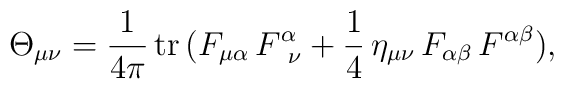
\Theta_{\mu\nu} = {1\over 4\pi} \,{\rm tr}\,(F_{\mu\alpha}\,F^\alpha_{{\hskip1.5mm}\nu} +{1\over 4}\,\eta_{\mu\nu}\,F_{\alpha\beta}\,F^{\alpha\beta}),